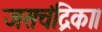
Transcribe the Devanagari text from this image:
जसचंद्रिका।